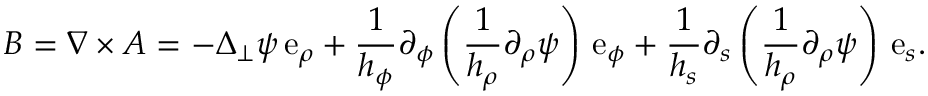
\boldsymbol { B } = \nabla \times \boldsymbol { A } = - \Delta _ { \perp } \psi \, \mathrm { e } _ { \rho } + \frac { 1 } { h _ { \phi } } \partial _ { \phi } \left( \frac { 1 } { h _ { \rho } } \partial _ { \rho } \psi \right) \, \mathrm { e } _ { \phi } + \frac { 1 } { h _ { s } } \partial _ { s } \left( \frac { 1 } { h _ { \rho } } \partial _ { \rho } \psi \right) \, \mathrm { e } _ { s } .